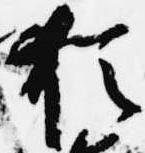
猶